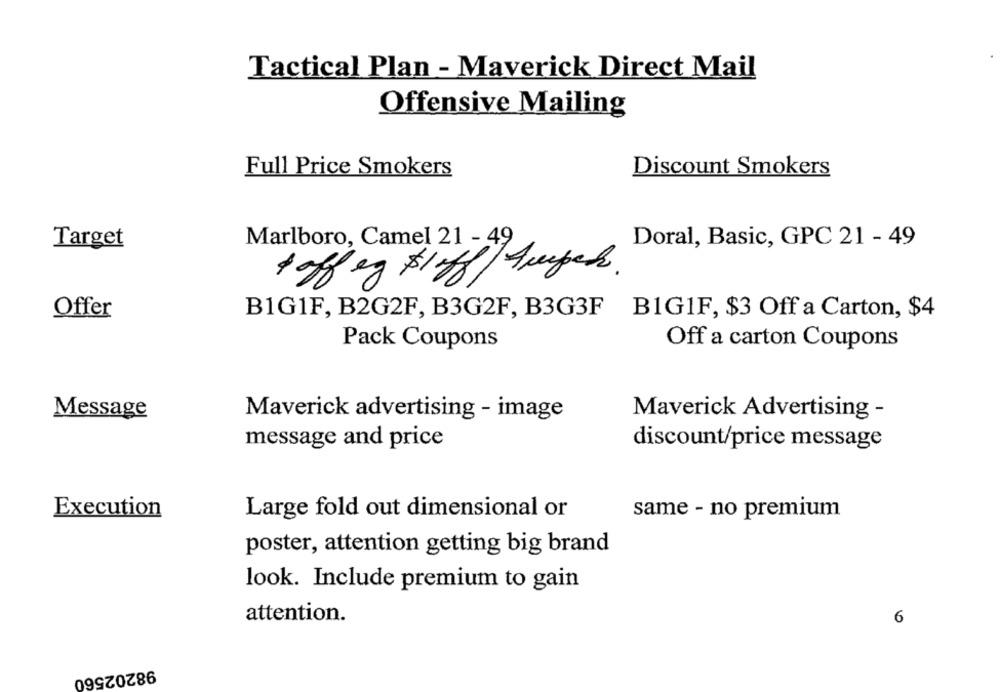
Tactical Plan - Maverick Direct Mail
Offensive Mailing
Full Price Smokers
Discount Smokers
Marlboro, Camel 21 - 49
Target
Doral, Basic, GPC 21 - 49
+ affeg $1.68/Apels.
Offer
B1G1F, B2G2F, B3G2F, B3G3F B1G1F, $3 Off a Carton, $4
Pack Coupons
Off a carton Coupons
Message
Maverick advertising - image
Maverick Advertising -
message and price
discount/price message
Execution
Large fold out dimensional or
same - no premium
poster, attention getting big brand
look. Include premium to gain
attention.
6
98202560